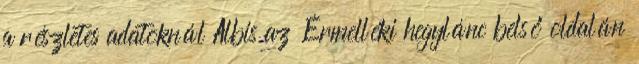
a részletes adatoknál Albis az Érmelléki hegylánc belső oldalán